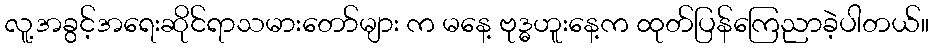
လူ့အခွင့်အရေးဆိုင်ရာသမားတော်များ က မနေ့ ဗုဒ္ဓဟူးနေ့က ထုတ်ပြန်ကြေညာခဲ့ပါတယ်။